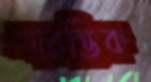
আরম্ভিক